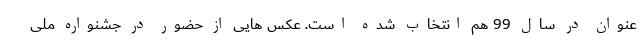
عنوان در سال 99 هم انتخاب شده است. عکس هایی از حضور در جشنواره ملی